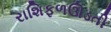
રાશિફળઊડતી